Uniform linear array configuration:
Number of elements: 16
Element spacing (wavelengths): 0.5
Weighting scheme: exponential
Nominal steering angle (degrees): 60
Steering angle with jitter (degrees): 60.462
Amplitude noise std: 0.05
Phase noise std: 0.05

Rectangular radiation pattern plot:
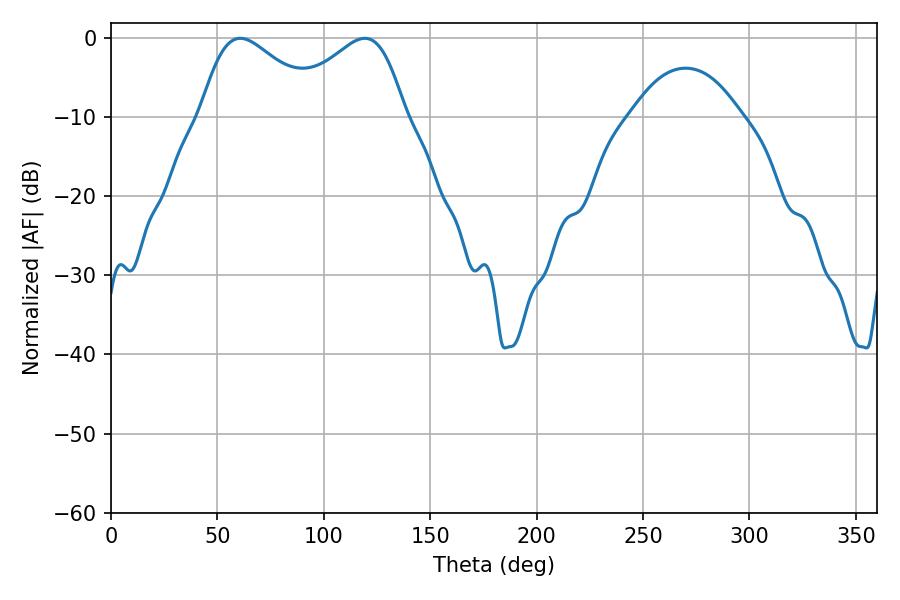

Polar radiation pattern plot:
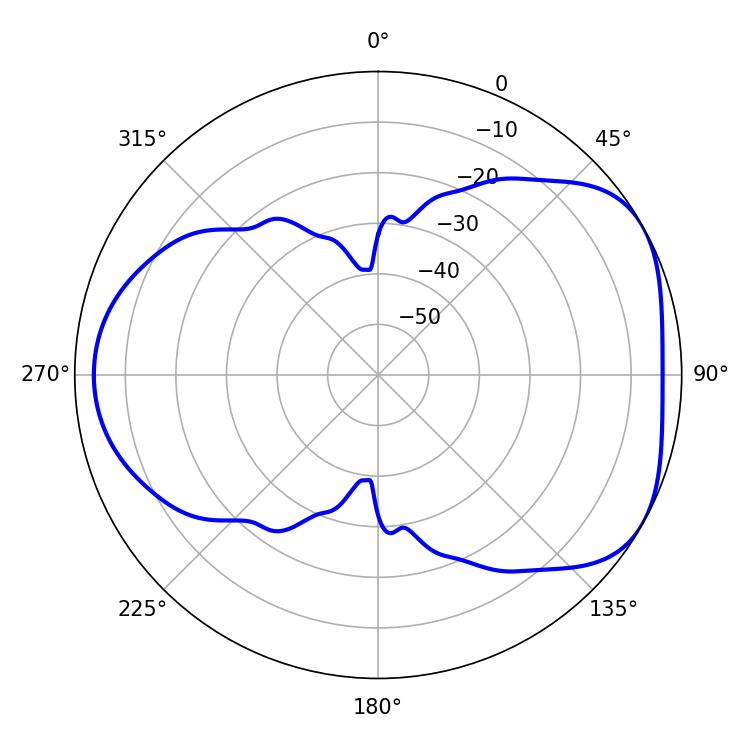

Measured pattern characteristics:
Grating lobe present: FALSE
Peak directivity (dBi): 4.697
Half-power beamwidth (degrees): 30.24
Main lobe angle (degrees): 60.66